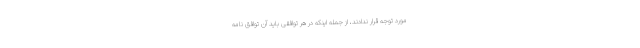
مورد توجه قرار ندادند، از جمله اینکه در هر توافقی باید آن توافق نامه